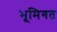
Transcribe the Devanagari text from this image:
भूमिगत